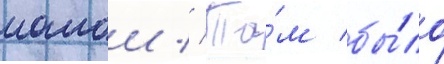
мамои // Та́м бы́ло